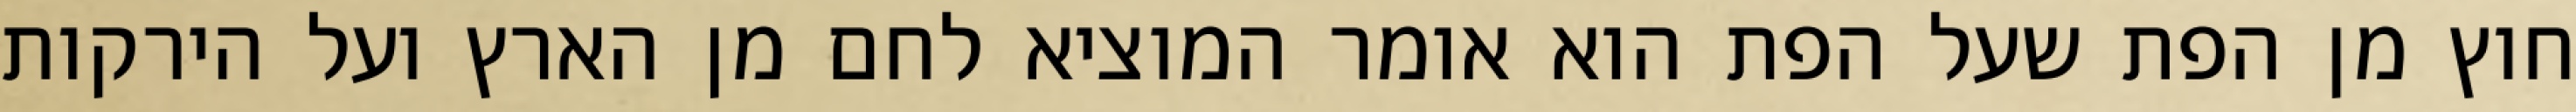
חוץ מן הפת שעל הפת הוא אומר המוציא לחם מן הארץ ועל הירקות